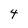
Character: 4